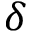
\delta